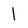
Character: 1